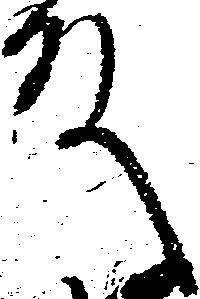
殿